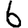
Digit: 6